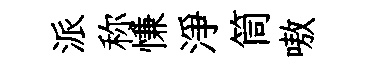
派称慊淨筒嗷